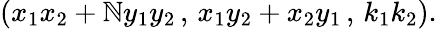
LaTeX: (x_{1}x_{2}+\mathbb{N}y_{1}y_{2}\, ,\, x_{1}y_{2}+x_{2}y_{1}\, ,\, k_{1}k_{2}).